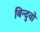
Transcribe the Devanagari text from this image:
बिन्दुवों